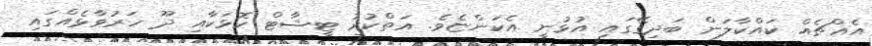
އެއްޗެއް ކައްކާލަން ބަދިގޭގައި އުޅުނީ އެކަންޏެވެ. އަތްކުރު ޓީޝާޓް ކޮޅަކާއި ދޫ ހަރުވާޅެއްގައި